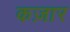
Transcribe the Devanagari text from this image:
कज़ार